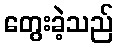
တွေးခဲ့သည်